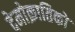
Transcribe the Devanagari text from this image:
देमोक्रातिको